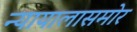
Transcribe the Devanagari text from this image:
न्यायालासमोर